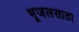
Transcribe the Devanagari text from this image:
भूजलसाठा